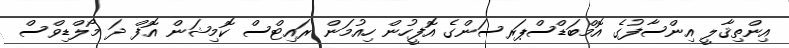
އިންތިޤާލީ އިންސާފުގެ އޮމްބަޑްސްޕަރސަންގެ އޮފީހުން ހިއުމަން ރައިޓްސް ކޮމިޝަން އޮފް ދަ މޯލްޑިވްސް